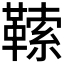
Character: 𩌈